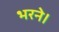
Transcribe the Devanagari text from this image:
भरने।